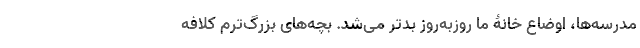
مدرسه‌ها، اوضاع خانۀ ما روزبه‌روز بدتر می‌شد. بچه‌های بزرگ‌ترم کلافه